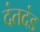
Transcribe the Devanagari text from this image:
दंतदंड